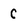
Character: C